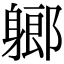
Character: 𨉰